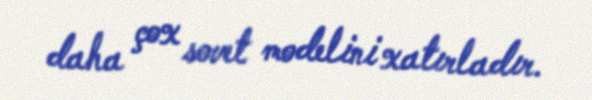
daha çox sovet modelini xatırladır.